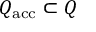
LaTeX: Q _ { \mathrm { a c c } } \subset Q